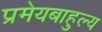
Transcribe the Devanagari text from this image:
प्रमेयबाहुल्य